Lunatic asylums Madras 1892-1911 - 1892-1911
Year: 1892
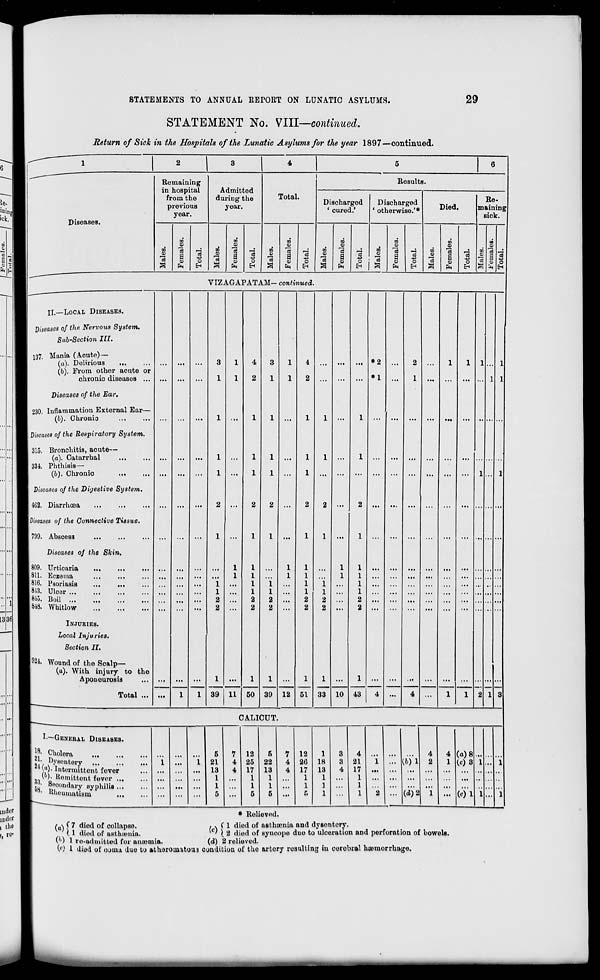
STATEMENTS TO ANNUAL EEI>ORT ON LUNATIC ASYLUMS.
29
STATEMENT No. VIII—continued.
Return of Sick in the Hospitals of the Lunatic Asylums for the year 1897—continued.
Diseases.
Remaining
in hospital
from the
previous
year.
to
3
CO
'3
E
a>
fa
o
E-<
Admitted
during the
year.
CO
CD
CO
o
a
ID
fa
o
Total.
co
"3
co
"a
a
O)
o
EH
Results.
Discharged
' cured.'
CO
"3
CO
a
En
Discharged
' otherwise.'*
o
CO
S3
fa
o
Died.
0)
"3
to
<D
0)
fa
o
E-t
Re-
maining
sick.
VIZAGAPATAM- continued
II.—LOCAL DISEASES.
Diseases of the. Kervous System.
Sab-Section III.
137. Mania (Acute)—
(a). Delirious
(b). From other acute or
chvonic diseases ...
...
...
...
3
1
1
1
4
2
3
1
1
1
4
2
...
...
... *2
*1
...
2
1
...
l
1 1
I
I
I
Diseases of the Ear.
230. Inflammation External Ear—
(6). Chronio
...
1 ...
1
1
1
l ...
1 ...
...
...
...
...
... .. ...
Diseases of the Respiratory System.
315. Bronchitis, acute—
(a). Catarrhal
334. Phthisis—
(b). Chronio
...
...
...
1
1
...
1
1
1
1
...
1
1
l ...
1 ...
...
...
...
...
...
1
...
l
Diseases of the Digestive System.
4G2. Diarrhoea
...
...
...
2 ...
2
2 ...
2
2 ...
2 ...
...
...
...
...
... ... ... ...
Diseases of the Connective Tissue.
799. Abscess
...
...
...
1 ...
1
1 ...
1
1
...
1 ...
...
...
...
...
... ... ... ...
Diseases of the Skin.
809. Urticaria
811. Eczema
816. Psoriasis
813. Ulcor
815. Boil
818. Whitlow
...
...
1
1
2
2
1
1
1
1
1
1
2
2
i
1
2
2
1
1
1
1
1
1
2
2
i
I
2
2
1
1
1
1
1
1
2
2
...
...
...
...
...
...
... ...
...
INJURIES.
|
Local Injuries.
1
Section II.
1984. Wound of the Scalp—
1
(a). With injury to the
Aponeurosis
Total ...
...
I
I
1
1
1
39 12
1
51
1
33 10
1
...
4
...
l
1 2 I 3
39 11 50
43
4
1
CALICUT.
L—GENERAL DISEASES.
Ijf- Cholera
1 11 ft 8eutei T
1 n W, Intermittent fever
1 M W- Hemittont fevor
1 5s 5®°°»dapy sypliiliB
3i obeamauim
i
...
i
...
5
21
13
1
1
5
7
4
4
12
25
17
1
1
5
5
22
13
1
1
5
7
4
4
...
12
2G
17
1
1
r.
1
18
13
1
1
1
3
3
4
4
21
17
1
1
1
i
•i
(bj'l
(i)2
4
2
i
4
1
(a) 8
(c)3
(0*1
1
i
... 1
1
* Rolieved.
,. (1 diod of asthaonia and dysontory.
* c ' }. 2 diod of syucopo duo to uloeration and perforation of bowels.
('') 1 ro-admitted for antnraia.
(d) 2 relieved.
(•} 1 diod of OJUUI due to atherouintou3 condition of the artory resulting iu corobral haemorrhage.
( a \ C 7 diod of collapse.
(. 1 died of asthiimia.